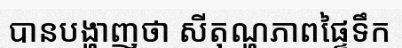
បានបង្ហាញថា សីតុណ្ហភាពផ្ទៃទឹក